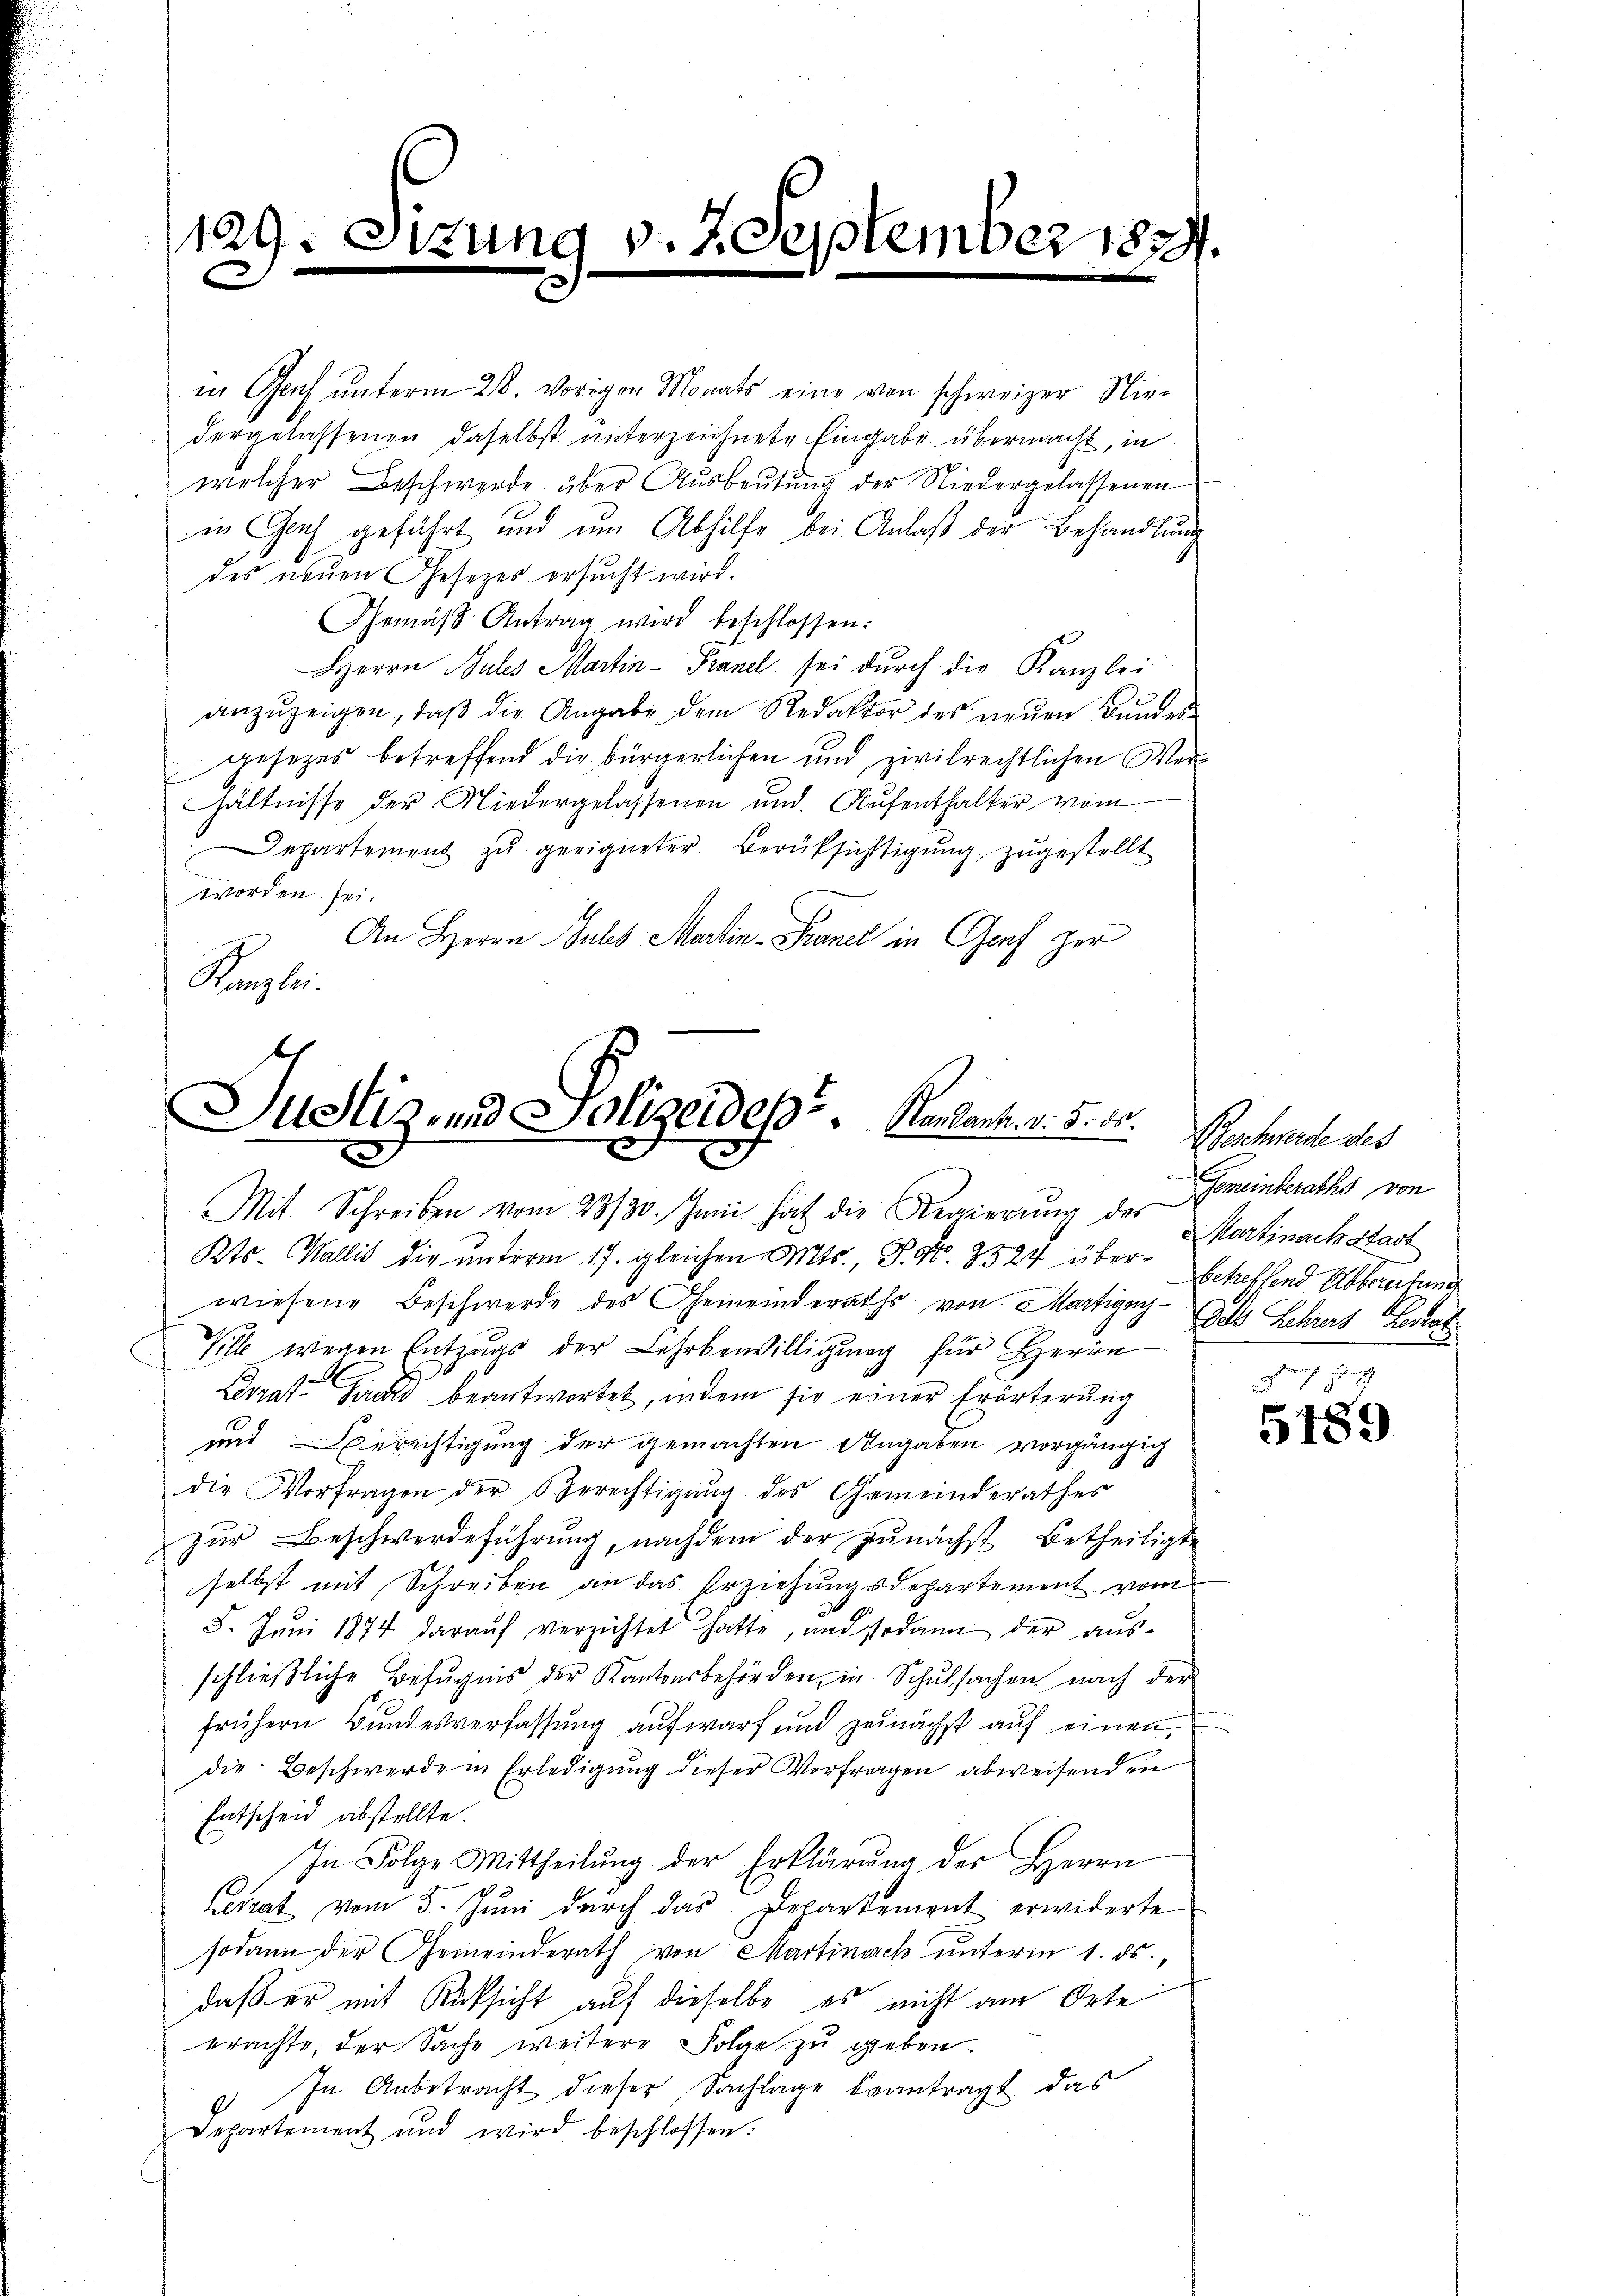
129: Sizung v. 7 September 1834.
e

in Genf unterm 28. vorigen Monats eine von schweizer Niedergelassenen daselbst unterzeichnete Eingabe übermacht, in
welcher Beschwerde über Ausbeutung der Niedergelassenen
in Fach geführt und um Abhilfe bei Anlaß der Behandlung
des neuen Gesezes ersucht wird.
Gemäβ Antrag wird beschlossen:
Herrn Julis Martin-Granel sei dŭrch die Kanzlei
anzuzeigen, daβ die Angabe dem Redaktor des neŭen Bandes-
gesetzes betreffend die bürgerlichen und zivilrechtlichen Verhältnisse der Niedergelassenen und Aŭfenthalter vom
Departement zu geeigneter Berüksichtigung zugestellt
worden sei.
An Herrn Gutes Martin - France in Genf zur
Kanzlei

Justiz und Polizeides. Man kant. v. 5. ds.
Mit Schreiben vom 23/30. Juni hat die Regierung der Gemeinderaths

Kts. Wallis die unterm 17. gleichen Mts., S. No. 3524 überwiesene Beschwerde des Gemeinderaths von Martigny- Das Lehrers Berat
Ville wegen Entzugs der Lehrbewilligung für Herrn
d
E
Lerrat Pirat beantwortet, indem sie einer Erörterung
und Berichtigung der gemachten Angaben vorgängig
die Vorfragen der Gerechtigŭng des Gemeinderathes
zur Beschwerdeführung, nachdem der zunächst betheiligte
selbst mit Schreiben an das Erziehungsdepartement vom
8. Juni 1874 darauf verzichtet hatte, und sodann der ausschließliche Befugnis der Kantonsbehörden, in Schulsachen nach der
frühern Bundesverfassung aufwarf und zunächst aŭf einen
die Beschwerde in Erledigung dieser Vorfragen abweisenden
Entscheid abstellte.
In Folge Mittheilung der Erklärung der Herrn
Leirat vom 5. Juni durch das Departement erwiderte
sodann der Gemeinderath von Martinach unterm 1. ds.,
daß er mit Rücksicht auf dieselbe es nicht am Orte
erachte, der Sache weitere Folge zu geben.
In Anbetracht dieser Sachlage beantragt das
Departement und wird beschlossen:

Beschwerde des
Martinach Stadt
betreffend Abbereitung
wan

.
5189